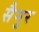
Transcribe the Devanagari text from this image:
सैमुर